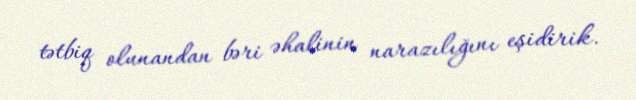
tətbiq olunandan bəri əhalinin narazılığını eşidirik.